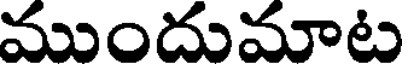
ముందుమాట